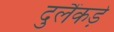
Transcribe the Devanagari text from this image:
दुलैंकड़े